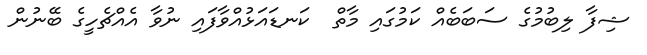
ޝިފާ ލިބުމުގެ ސަބަބެއް ކަމުގައި މާތް  ކަނޑައަޅުއްވާފައި ނުވާ އެއްޗެހީގެ ބޭނުން